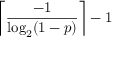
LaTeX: \left\lceil { \frac { - 1 } { \log _ { 2 } ( 1 - p ) } } \right\rceil - 1